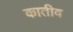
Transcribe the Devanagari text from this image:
कातीव